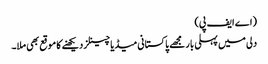
(اے ایف پی)
دلی میں پہلی بار مجھے پاکستانی میڈیا چینلز دیکھنے کا موقع بھی ملا۔